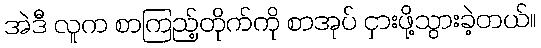
အဲဒီ လူက စာကြည့်တိုက်ကို စာအုပ် ငှားဖို့သွားခဲ့တယ်။